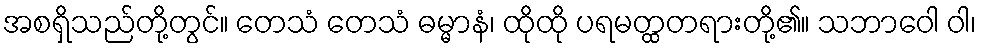
အစရှိသည်တို့တွင်။ တေသံ တေသံ ဓမ္မာနံ၊ ထိုထို ပရမတ္ထတရားတို့၏။ သဘာဝေါ ဝါ၊